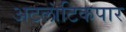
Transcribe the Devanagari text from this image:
अटलांटिकपार